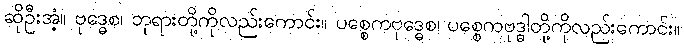
ဆိုဦးအံ့။ ဗုဒ္ဓေစ၊ ဘုရားတို့ကိုလည်းကောင်း။ ပစ္စေကဗုဒ္ဓေစ၊ ပစ္စေကဗုဒ္ဓါတို့ကိုလည်းကောင်း။